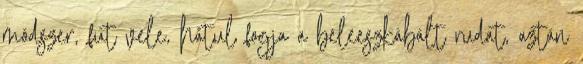
módszer, fut vele, hátul fogja a beleeszkábált rudat, aztán